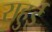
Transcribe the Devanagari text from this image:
राहुई